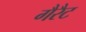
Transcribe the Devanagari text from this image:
गैरैट